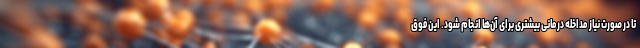
تا در صورت نیاز مداخله درمانی بیشتری برای آن‌ها انجام شود. این فوق